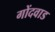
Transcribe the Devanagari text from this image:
गोंदवाड